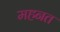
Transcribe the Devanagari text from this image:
महनत